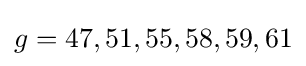
g=47,51,55,58,59,61